65_HS1-834228961_62-HQ-83894_Section_6
Agency: FBI
Page 42
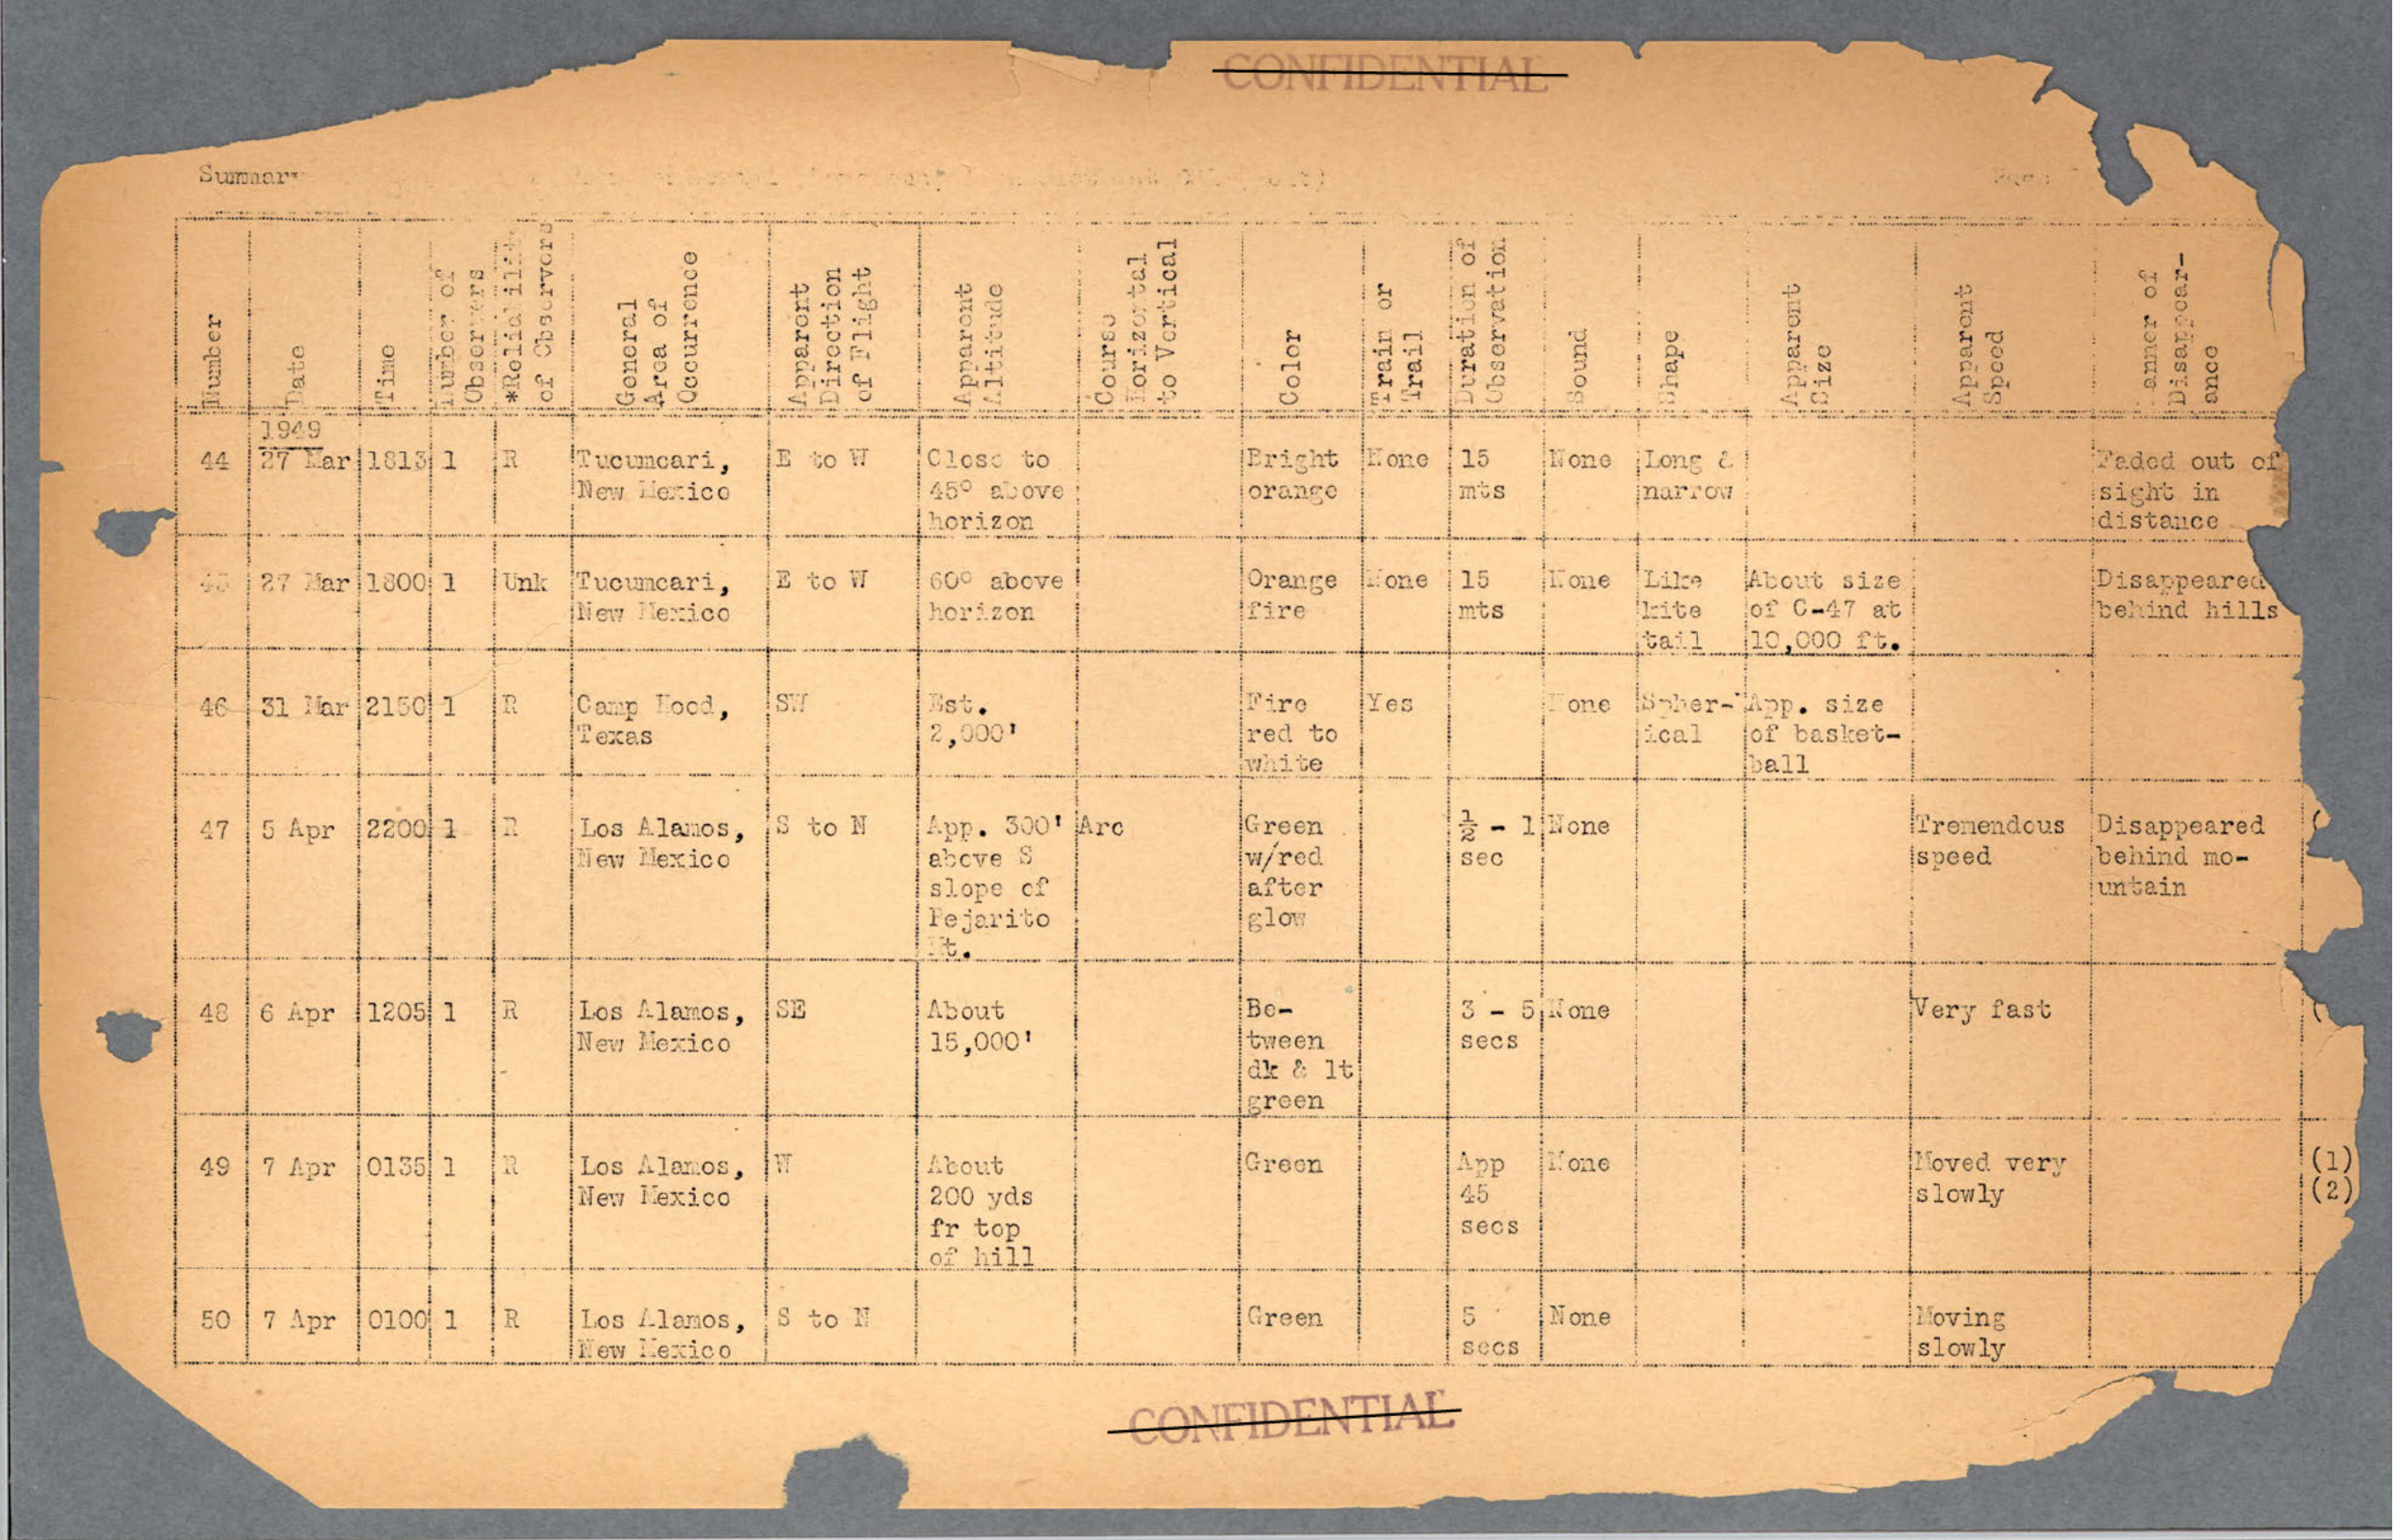